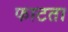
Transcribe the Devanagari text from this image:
फाटता